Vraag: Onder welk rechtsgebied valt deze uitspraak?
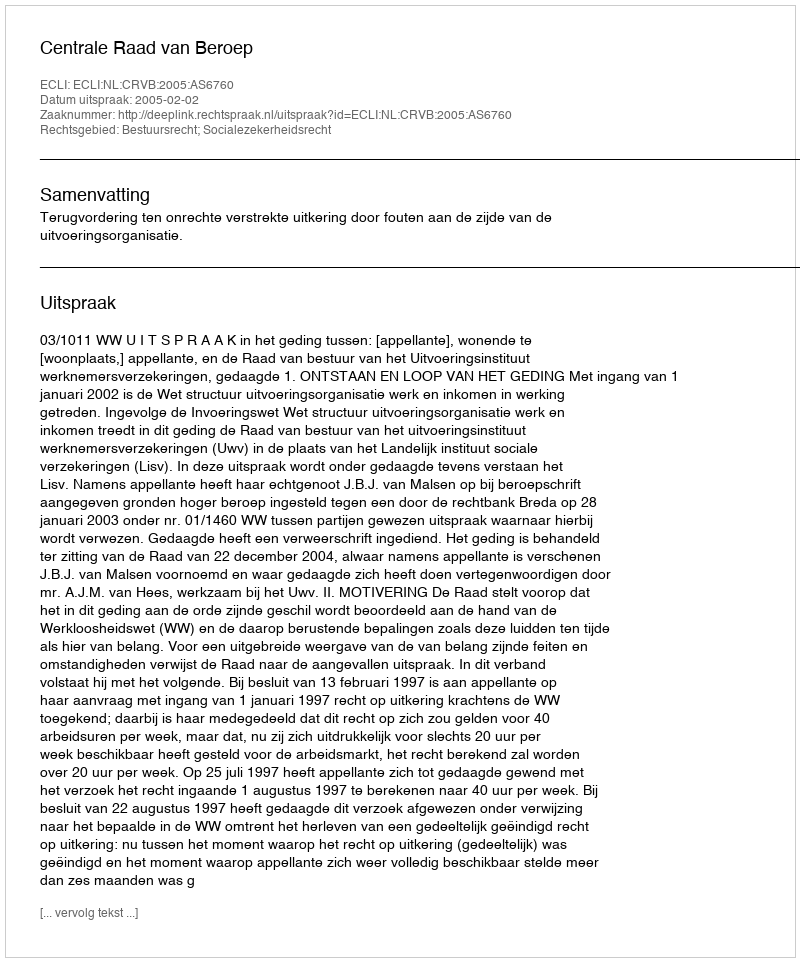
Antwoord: Bestuursrecht; Socialezekerheidsrecht